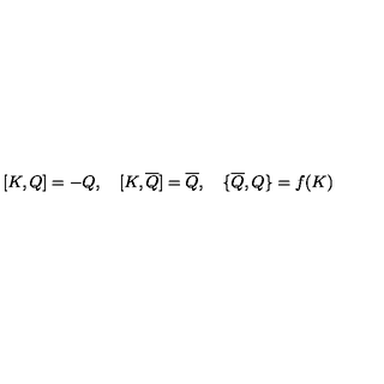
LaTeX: { [ } K , Q { ] } = - Q , \quad { [ } K , \overline { { Q } } { ] } = \overline { { Q } } , \quad { \{ } \overline { { Q } } , Q { \} } = f ( K )